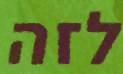
לזה